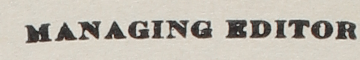
MANAGING EDITOR